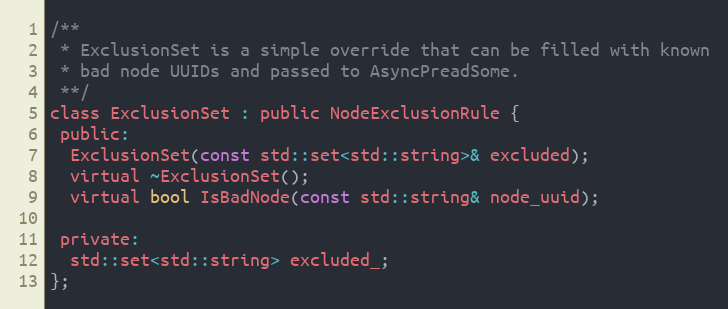
Language: C
/**
 * ExclusionSet is a simple override that can be filled with known
 * bad node UUIDs and passed to AsyncPreadSome.
 **/
class ExclusionSet : public NodeExclusionRule {
 public:
  ExclusionSet(const std::set<std::string>& excluded);
  virtual ~ExclusionSet();
  virtual bool IsBadNode(const std::string& node_uuid);

 private:
  std::set<std::string> excluded_;
};